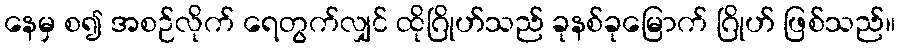
နေမှ စ၍ အစဉ်လိုက် ရေတွက်လျှင် ထိုဂြိုဟ်သည် ခုနစ်ခုမြောက် ဂြိုဟ် ဖြစ်သည်။